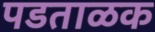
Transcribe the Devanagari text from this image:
पडताळक